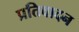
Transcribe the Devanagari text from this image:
प्रतिवादन